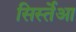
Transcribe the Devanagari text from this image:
सिर्स्तेआ